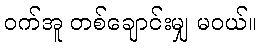
ဝက်အူ တစ်ချောင်းမျှ မဝယ်။